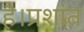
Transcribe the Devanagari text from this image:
है।प्रशांत